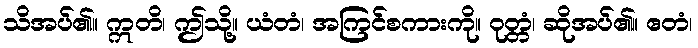
သိအပ်၏။ ဣတိ၊ ဤသို့။ ယံတံ၊ အကြင်စကားကို။ ဝုတ္တံ၊ ဆိုအပ်၏။ ဧတံ၊